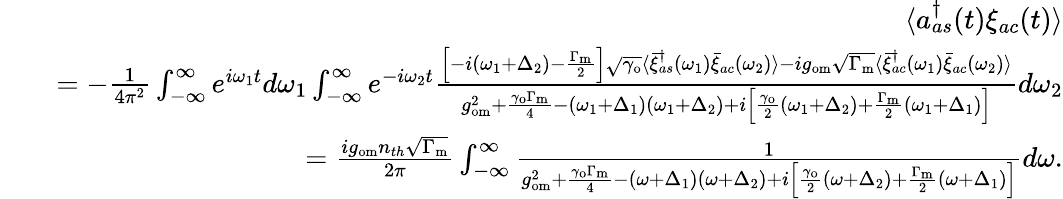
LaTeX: \begin{array}{rlr}&{}&{\langle a_{as}^{\dagger}(t)\xi_{ac}(t)\rangle}\\ &{}&{=-\frac{1}{4\pi^{2}}\int_{-\infty}^{\infty}e^{i\omega_{1}t}d\omega_{1}\int_{-\infty}^{\infty}e^{-i\omega_{2}t}\frac{\left[-i(\omega_{1}+\Delta_{2})-\frac{\Gamma_{\mathrm{m}}}{2}\right]\sqrt{\gamma_{\mathrm{o}}}\langle\bar{\xi}_{as}^{\dagger}(\omega_{1})\bar{\xi}_{ac}(\omega_{2})\rangle-ig_{\mathrm{om}}\sqrt{\Gamma_{\mathrm{m}}}\langle\bar{\xi}_{ac}^{\dagger}(\omega_{1})\bar{\xi}_{ac}(\omega_{2})\rangle}{g_{\mathrm{om}}^{2}+\frac{\gamma_{\mathrm{o}}\Gamma_{\mathrm{m}}}{4}-(\omega_{1}+\Delta_{1})(\omega_{1}+\Delta_{2})+i\left[\frac{\gamma_{\mathrm{o}}}{2}(\omega_{1}+\Delta_{2})+\frac{\Gamma_{\mathrm{m}}}{2}(\omega_{1}+\Delta_{1})\right]}d\omega_{2}}\\ &{}&{=\frac{ig_{\mathrm{om}}n_{th}\sqrt{\Gamma_{\mathrm{m}}}}{2\pi}\int_{-\infty}^{\infty}\frac{1}{g_{\mathrm{om}}^{2}+\frac{\gamma_{\mathrm{o}}\Gamma_{\mathrm{m}}}{4}-(\omega+\Delta_{1})(\omega+\Delta_{2})+i\left[\frac{\gamma_{\mathrm{o}}}{2}(\omega+\Delta_{2})+\frac{\Gamma_{\mathrm{m}}}{2}(\omega+\Delta_{1})\right]}d\omega.}\end{array}